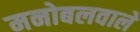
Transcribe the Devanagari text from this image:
मनोबलवाले